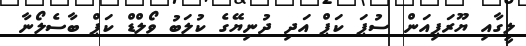
ލީގާއި ޔޫރަޕިއަން ސުޕަ ކަޕް އަދި ދުނިޔޭގެ ކުލަބު ވޯލްޑް ކަޕް ބާސެލޯނާ